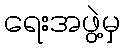
ရေးအဖွဲ့မှ